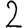
Digit: 2